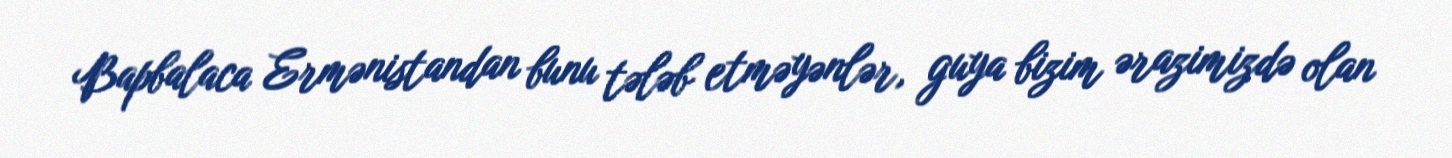
Bapbalaca Ermənistandan bunu tələb etməyənlər, guya bizim ərazimizdə olan